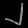
Digit: ၂